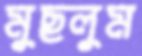
মুছলুম